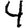
Digit: 4